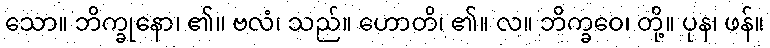
သော။ ဘိက္ခုနော၊ ၏။ ဗလံ၊ သည်။ ဟောတိ၊ ၏။ လ။ ဘိက္ခဝေ၊ တို့။ ပုန၊ ဖန်။